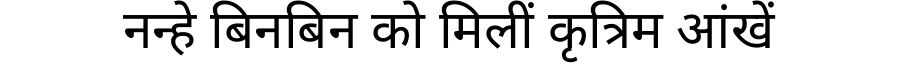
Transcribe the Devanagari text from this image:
नन्हे बिनबिन को मिलीं कृत्रिम आंखें